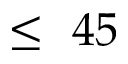
\le ~ 4 5